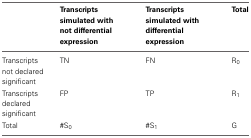
<table><thead><tr><td></td><td><b>Transcripts simulated with not differential expression</b></td><td><b>Transcripts simulated with differential expression</b></td><td><b>Total</b></td></tr></thead><tbody><tr><td>Transcripts not declared significant</td><td>TN</td><td>FN</td><td>R<sub>0</sub></td></tr><tr><td>Transcripts declared significant</td><td>FP</td><td>TP</td><td>R<sub>1</sub></td></tr><tr><td>Total</td><td>#S<sub>0</sub></td><td>#S<sub>1</sub></td><td>G</td></tr></tbody></table>